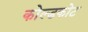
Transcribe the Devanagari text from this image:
कोल्डकोट